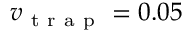
v _ { \mathrm { ~ t ~ r ~ a ~ p ~ } } = 0 . 0 5